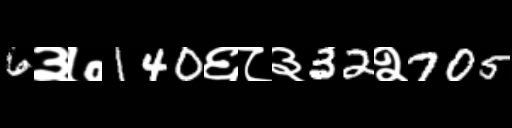
Text: 6३७140६८३32२705